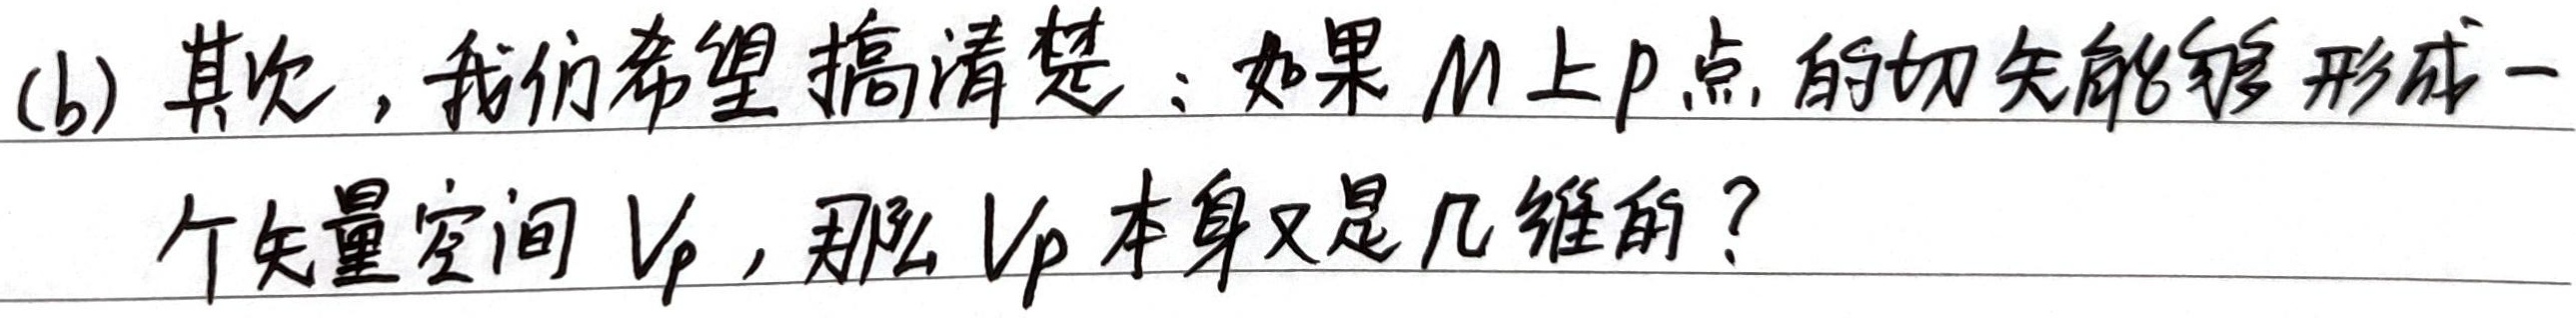
(b) 其次，我们希望搞清楚：如果\(M\)上\(p\)点的切矢能够形成一个矢量空间\(V_{P}\)，那么\(V_{P}\)本身又是几维的？